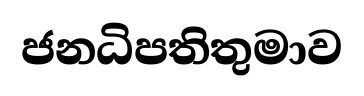
ජනධිපතිතුමාව